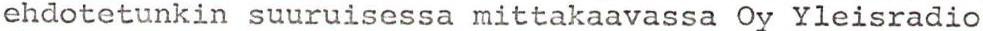
ehdotetunkin suuruisessa mittakaavassa Oy Yleisradio